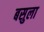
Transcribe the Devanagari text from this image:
बसुला